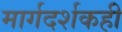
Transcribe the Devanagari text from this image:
मार्गदर्शकही